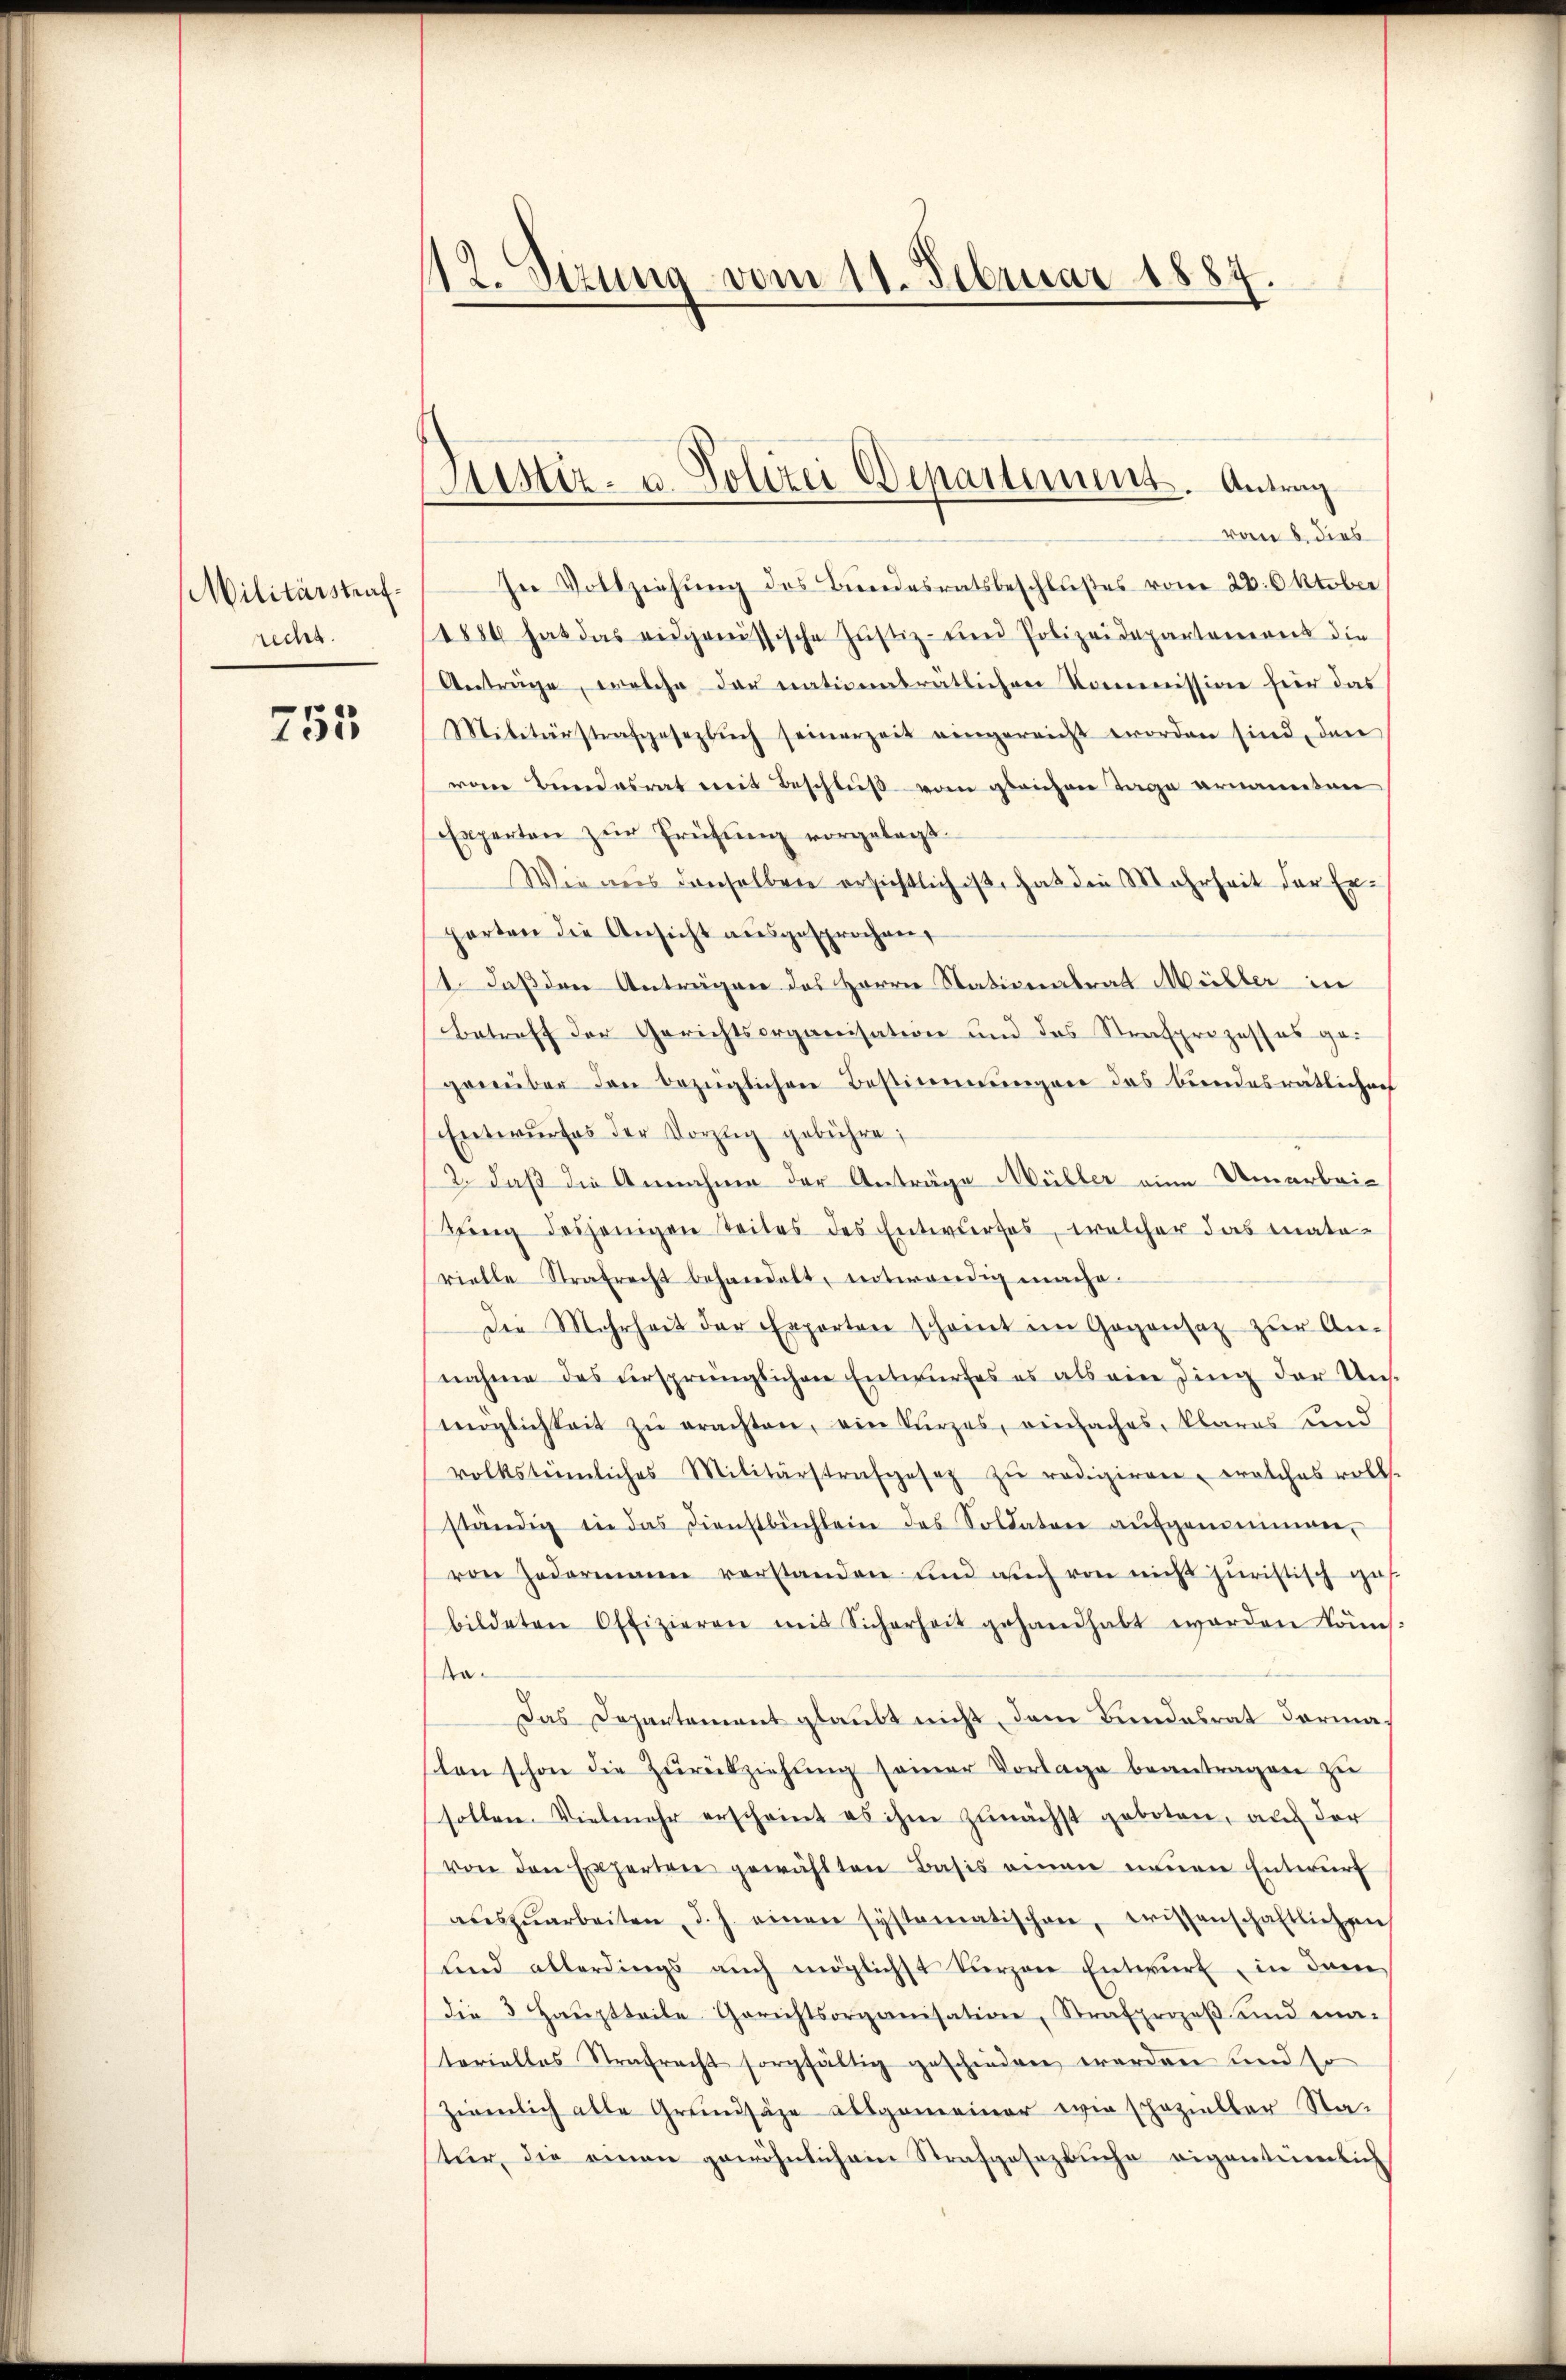
Militärstrafrecht.

755

12. Sitzung vom 11. Februar 1884

Justiz- u. Polizei Departimuns. Antrag

vom 8. dies
In Vollziehung des Bundesratsbeschlußes vom 28. Oktober
1886 hat das eidgenössische Justiz- und Polizeidepartement die
Anträge, welche der nationalrätlichen Kommission hier das
Militärstrafgesezbŭch seinerzeit eingereicht worden sind, den
vom Bundesrat mit Beschluß vom gleichen Tage ernannten
Experten zur Prüfung vorgelegt.
Wie aus denselben ersichtlich ist, hat die Mehrheit der Erparten die Ansicht ausgesprochen,
1. daß den Anträgen des Herrn Nationalrat Müller in
betreff der Gerichtsorganisation und des Strafprozesses gegenüber den bezüglichen Bestimmungen das bundesrätliches
Entwurfes der Vorzug gebühre;
2. daß die Annahme der Anträge Müller eine Umarbeitŭng desjenigen Seites des Entwurfes, welcher das mate-
rielle Strafrecht behandelt, notwendig mache.
Die Mehrheit der Exporten scheint im Gegensatz zŭr An-
nahme das ursprünglichen Entwurfes es als ein ding der Uns-
möglichkeit zŭ erachten, ein kürzes, einfaches, klares Kind
volkstümliches Militärstrafgesez zŭ redigiren, welches voll.
ständig in das Dienstbüchlein des Soldaten aŭfgemeinen,
von Zedermann verstanden und auch von nicht juristisch ges
bildeten Offizieren mit Sicherheit gehandhabt worden Kons.
Na¬
Das Departement glaubt nicht, dem Bundesrat dermasten schon die Zŭrückziehung seiner Vorlage beantragen zu
sollen. Vielmehr erscheint es ihm zunächst geboten, auf der
von den Experten gewählten Basis einen neuen Entwurf
aŭszŭarbeiten d. h. einen systematischen, wissenschaftlichen
lind allerdings aŭch möglichst Verzen Entwŭrf in dem
die 3 Haŭptteile Gerichtsorganisation, Strafprozeβ und ma-
terialles Strafrecht sorgfältig geschieden werden und so
ziemlich alle Grundsätze allgemeiner wie schozieller Sta-
stur, die einen gewöhnlichem Strafgesezbuche eigentümlich